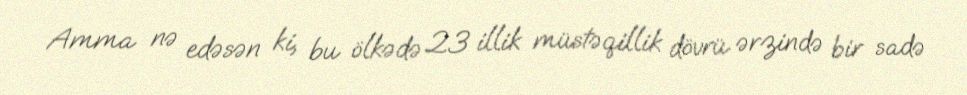
Amma nə edəsən ki, bu ölkədə 23 illik müstəqillik dövrü ərzində bir sadə